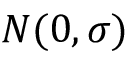
N ( 0 , \sigma )